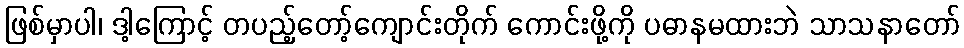
ဖြစ်မှာပါ၊ ဒါ့ကြောင့် တပည့်တော့်ကျောင်းတိုက် ကောင်းဖို့ကို ပဓာနမထားဘဲ သာသနာတော်